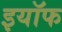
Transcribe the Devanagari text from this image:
इयॉफ